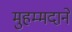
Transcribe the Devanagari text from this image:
मुहम्मदाने